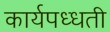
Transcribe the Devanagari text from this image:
कार्यपध्धती